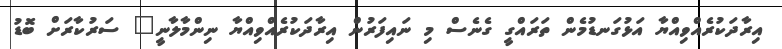
އިރާދަކުރެއްވިއްޔާ އަޅުގަނޑުމެން ތަރައްގީ ގެނެސް މި ނައިފަރުން އިރާދަކުރެއްވިއްޔާ ނިންމާލާނީ" ސަރުކާރަށް ބޮޑު